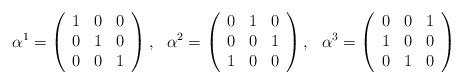
LaTeX: \begin{align*}\alpha^1=\left(\begin{array}{ccc} 1 & 0 & 0\\ 0 & 1 & 0\\ 0 & 0 & 1\end{array}\right),\ \ \alpha^2=\left(\begin{array}{ccc} 0 & 1 & 0\\ 0 & 0 & 1\\ 1 & 0 & 0\end{array}\right),\ \ \alpha^3=\left(\begin{array}{ccc} 0 & 0 & 1\\ 1 & 0 & 0\\ 0 & 1 & 0\end{array}\right)\end{align*}